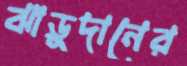
ঝাড়ুদানের